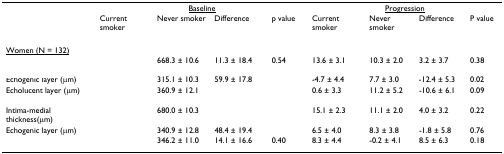
<table><thead><tr><td>[EMPTY_CELL]</td><td colspan="4"><b><underline>Baseline</underline></b></td><td colspan="4"><b><underline>Progression</underline></b></td></tr><tr><td>[EMPTY_CELL]</td><td><b>Current smoker</b></td><td><b>Never smoker</b></td><td><b>Difference</b></td><td><b>p value</b></td><td><b>Current smoker</b></td><td><b>Never smoker</b></td><td><b>Difference</b></td><td><b>P value</b></td></tr></thead><tbody><tr><td><underline>Women (N = 132)</underline></td><td>[EMPTY_CELL]</td><td>[EMPTY_CELL]</td><td>[EMPTY_CELL]</td><td>[EMPTY_CELL]</td><td>[EMPTY_CELL]</td><td>[EMPTY_CELL]</td><td>[EMPTY_CELL]</td><td>[EMPTY_CELL]</td></tr><tr><td>[EMPTY_CELL]</td><td>[EMPTY_CELL]</td><td>668.3 ± 10.6</td><td>11.3 ± 18.4</td><td>0.54</td><td>13.6 ± 3.1</td><td>10.3 ± 2.0</td><td>3.2 ± 3.7</td><td>0.38</td></tr><tr><td>Echogenic layer (μm)</td><td>[EMPTY_CELL]</td><td>315.1 ± 10.3</td><td>59.9 ± 17.8</td><td>[EMPTY_CELL]</td><td>-4.7 ± 4.4</td><td>7.7 ± 3.0</td><td>-12.4 ± 5.3</td><td>0.02</td></tr><tr><td>Echolucent layer (μm)</td><td>[EMPTY_CELL]</td><td>360.9 ± 12.1</td><td>[EMPTY_CELL]</td><td>[EMPTY_CELL]</td><td>0.6 ± 3.3</td><td>11.2 ± 5.2</td><td>-10.6 ± 6.1</td><td>0.09</td></tr><tr><td>[EMPTY_CELL]</td><td>[EMPTY_CELL]</td><td>[EMPTY_CELL]</td><td>[EMPTY_CELL]</td><td>[EMPTY_CELL]</td><td>[EMPTY_CELL]</td><td>[EMPTY_CELL]</td><td>[EMPTY_CELL]</td><td>[EMPTY_CELL]</td></tr><tr><td>Intima-medial thickness(μm)</td><td>[EMPTY_CELL]</td><td>680.0 ± 10.3</td><td>[EMPTY_CELL]</td><td>[EMPTY_CELL]</td><td>15.1 ± 2.3</td><td>11.1 ± 2.0</td><td>4.0 ± 3.2</td><td>0.22</td></tr><tr><td>Echogenic layer (μm)</td><td>[EMPTY_CELL]</td><td>340.9 ± 12.8</td><td>48.4 ± 19.4</td><td>[EMPTY_CELL]</td><td>6.5 ± 4.0</td><td>8.3 ± 3.8</td><td>-1.8 ± 5.8</td><td>0.76</td></tr><tr><td>[EMPTY_CELL]</td><td>[EMPTY_CELL]</td><td>346.2 ± 11.0</td><td>14.1 ± 16.6</td><td>0.40</td><td>8.3 ± 4.4</td><td>-0.2 ± 4.1</td><td>8.5 ± 6.3</td><td>0.18</td></tr></tbody></table>